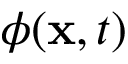
\phi ( { \bf x } , t )